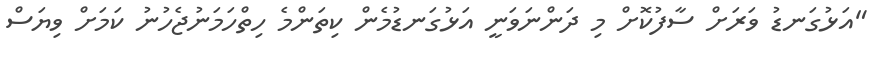
"އަޅުގަނޑު ވަރަށް ސާފުކޮށް މި ދަންނަވަނީ އަޅުގަނޑުމެން ކިތަންމެ ހިތްހަމަނުޖެހުނު ކަމަށް ވިޔަސް